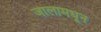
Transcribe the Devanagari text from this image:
जालामधून